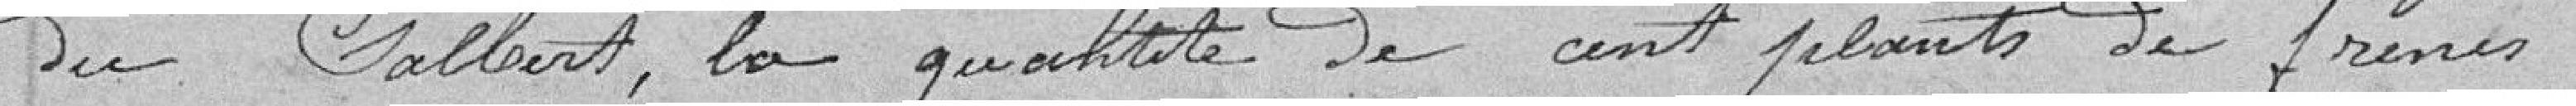
du Salbert, la quantité de cent plants de frênes.